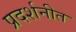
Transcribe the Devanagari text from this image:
प्रदर्शनीत